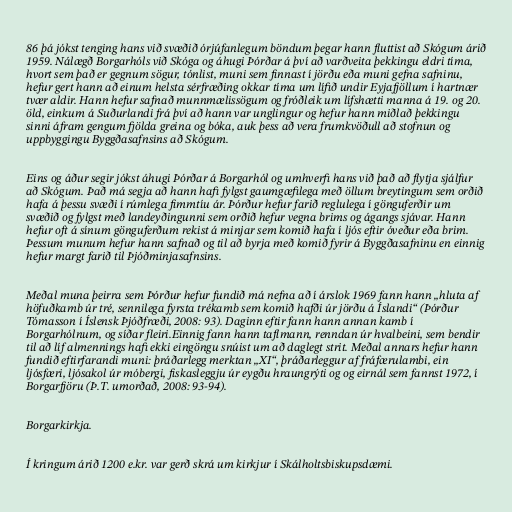
86 þá jókst tenging hans við svæðið órjúfanlegum böndum þegar hann fluttist að Skógum árið
1959. Nálægð Borgarhóls við Skóga og áhugi Þórðar á því að varðveita þekkingu eldri tíma,
hvort sem það er gegnum sögur, tónlist, muni sem finnast í jörðu eða muni gefna safninu,
hefur gert hann að einum helsta sérfræðing okkar tíma um lífið undir Eyjafjöllum í hartnær
tvær aldir. Hann hefur safnað munnmælissögum og fróðleik um lífshætti manna á 19. og 20.
öld, einkum á Suðurlandi frá því að hann var unglingur og hefur hann miðlað þekkingu
sinni áfram gengum fjölda greina og bóka, auk þess að vera frumkvöðull að stofnun og
uppbyggingu Byggðasafnsins að Skógum.

Eins og áður segir jókst áhugi Þórðar á Borgarhól og umhverfi hans við það að flytja sjálfur
að Skógum. Það má segja að hann hafi fylgst gaumgæfilega með öllum breytingum sem orðið
hafa á þessu svæði í rúmlega fimmtíu ár. Þórður hefur farið reglulega í gönguferðir um
svæðið og fylgst með landeyðingunni sem orðið hefur vegna brims og ágangs sjávar. Hann
hefur oft á sínum gönguferðum rekist á minjar sem komið hafa í ljós eftir óveður eða brim.
Þessum munum hefur hann safnað og til að byrja með komið fyrir á Byggðasafninu en einnig
hefur margt farið til Þjóðminjasafnsins.

Meðal muna þeirra sem Þórður hefur fundið má nefna að í árslok 1969 fann hann „hluta af
höfuðkamb úr tré, sennilega fyrsta trékamb sem komið hafði úr jörðu á Íslandi“ (Þórður
Tómasson í Íslensk Þjóðfræði, 2008: 93). Daginn eftir fann hann annan kamb í
Borgarhólnum, og síðar fleiri.Einnig fann hann taflmann, renndan úr hvalbeini, sem bendir
til að líf almennings hafi ekki eingöngu snúist um að daglegt strit. Meðal annars hefur hann
fundið eftirfarandi muni: þráðarlegg merktan „XI“, þráðarleggur af fráfærulambi, ein
ljósfæri, ljósakol úr móbergi, fiskasleggju úr eygðu hraungrýti og og eirnál sem fannst 1972, í
Borgarfjöru (Þ.T. umorðað, 2008: 93-94).

Borgarkirkja.

Í kringum árið 1200 e.kr. var gerð skrá um kirkjur í Skálholtsbiskupsdæmi.